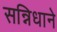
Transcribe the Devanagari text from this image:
सन्निधाने